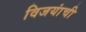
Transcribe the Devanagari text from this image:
विजयांची